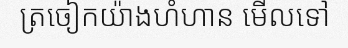
ត្រចៀកយ៉ាងហំហាន មើលទៅ